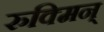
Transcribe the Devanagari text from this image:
रुक्मिन्‌